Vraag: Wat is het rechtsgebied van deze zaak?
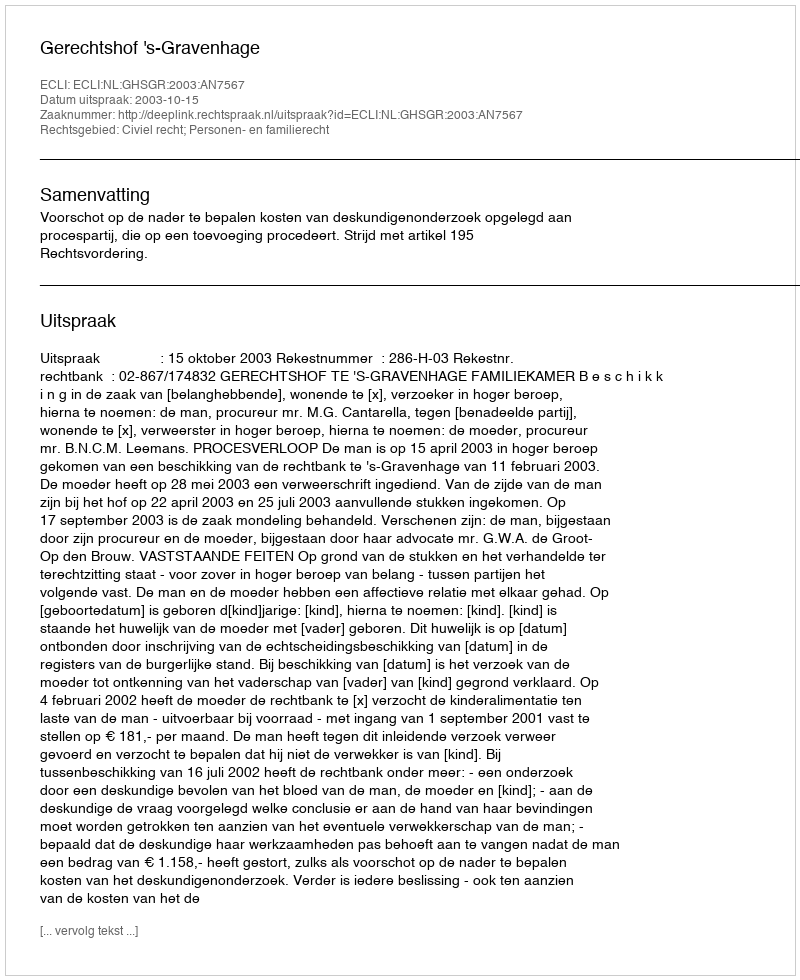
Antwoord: Civiel recht; Personen- en familierecht